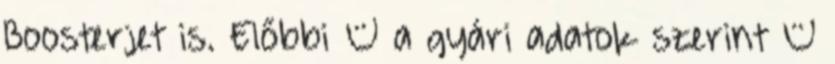
Boosterjet is. Előbbi – a gyári adatok szerint –